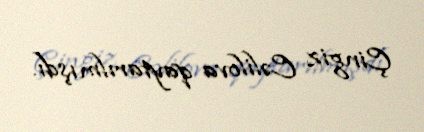
Çingiz Cəlilova qaytarılmışdı.